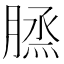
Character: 𦞪